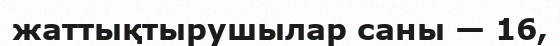
жаттықтырушылар саны — 16,